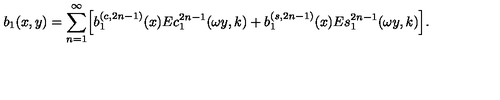
b _ { 1 } ( x , y ) = \sum _ { n = 1 } ^ { \infty } \Bigl [ b _ { 1 } ^ { ( c , 2 n - 1 ) } ( x ) E c _ { 1 } ^ { 2 n - 1 } ( \omega y , k ) + b _ { 1 } ^ { ( s , 2 n - 1 ) } ( x ) E s _ { 1 } ^ { 2 n - 1 } ( \omega y , k ) \Bigr ] .